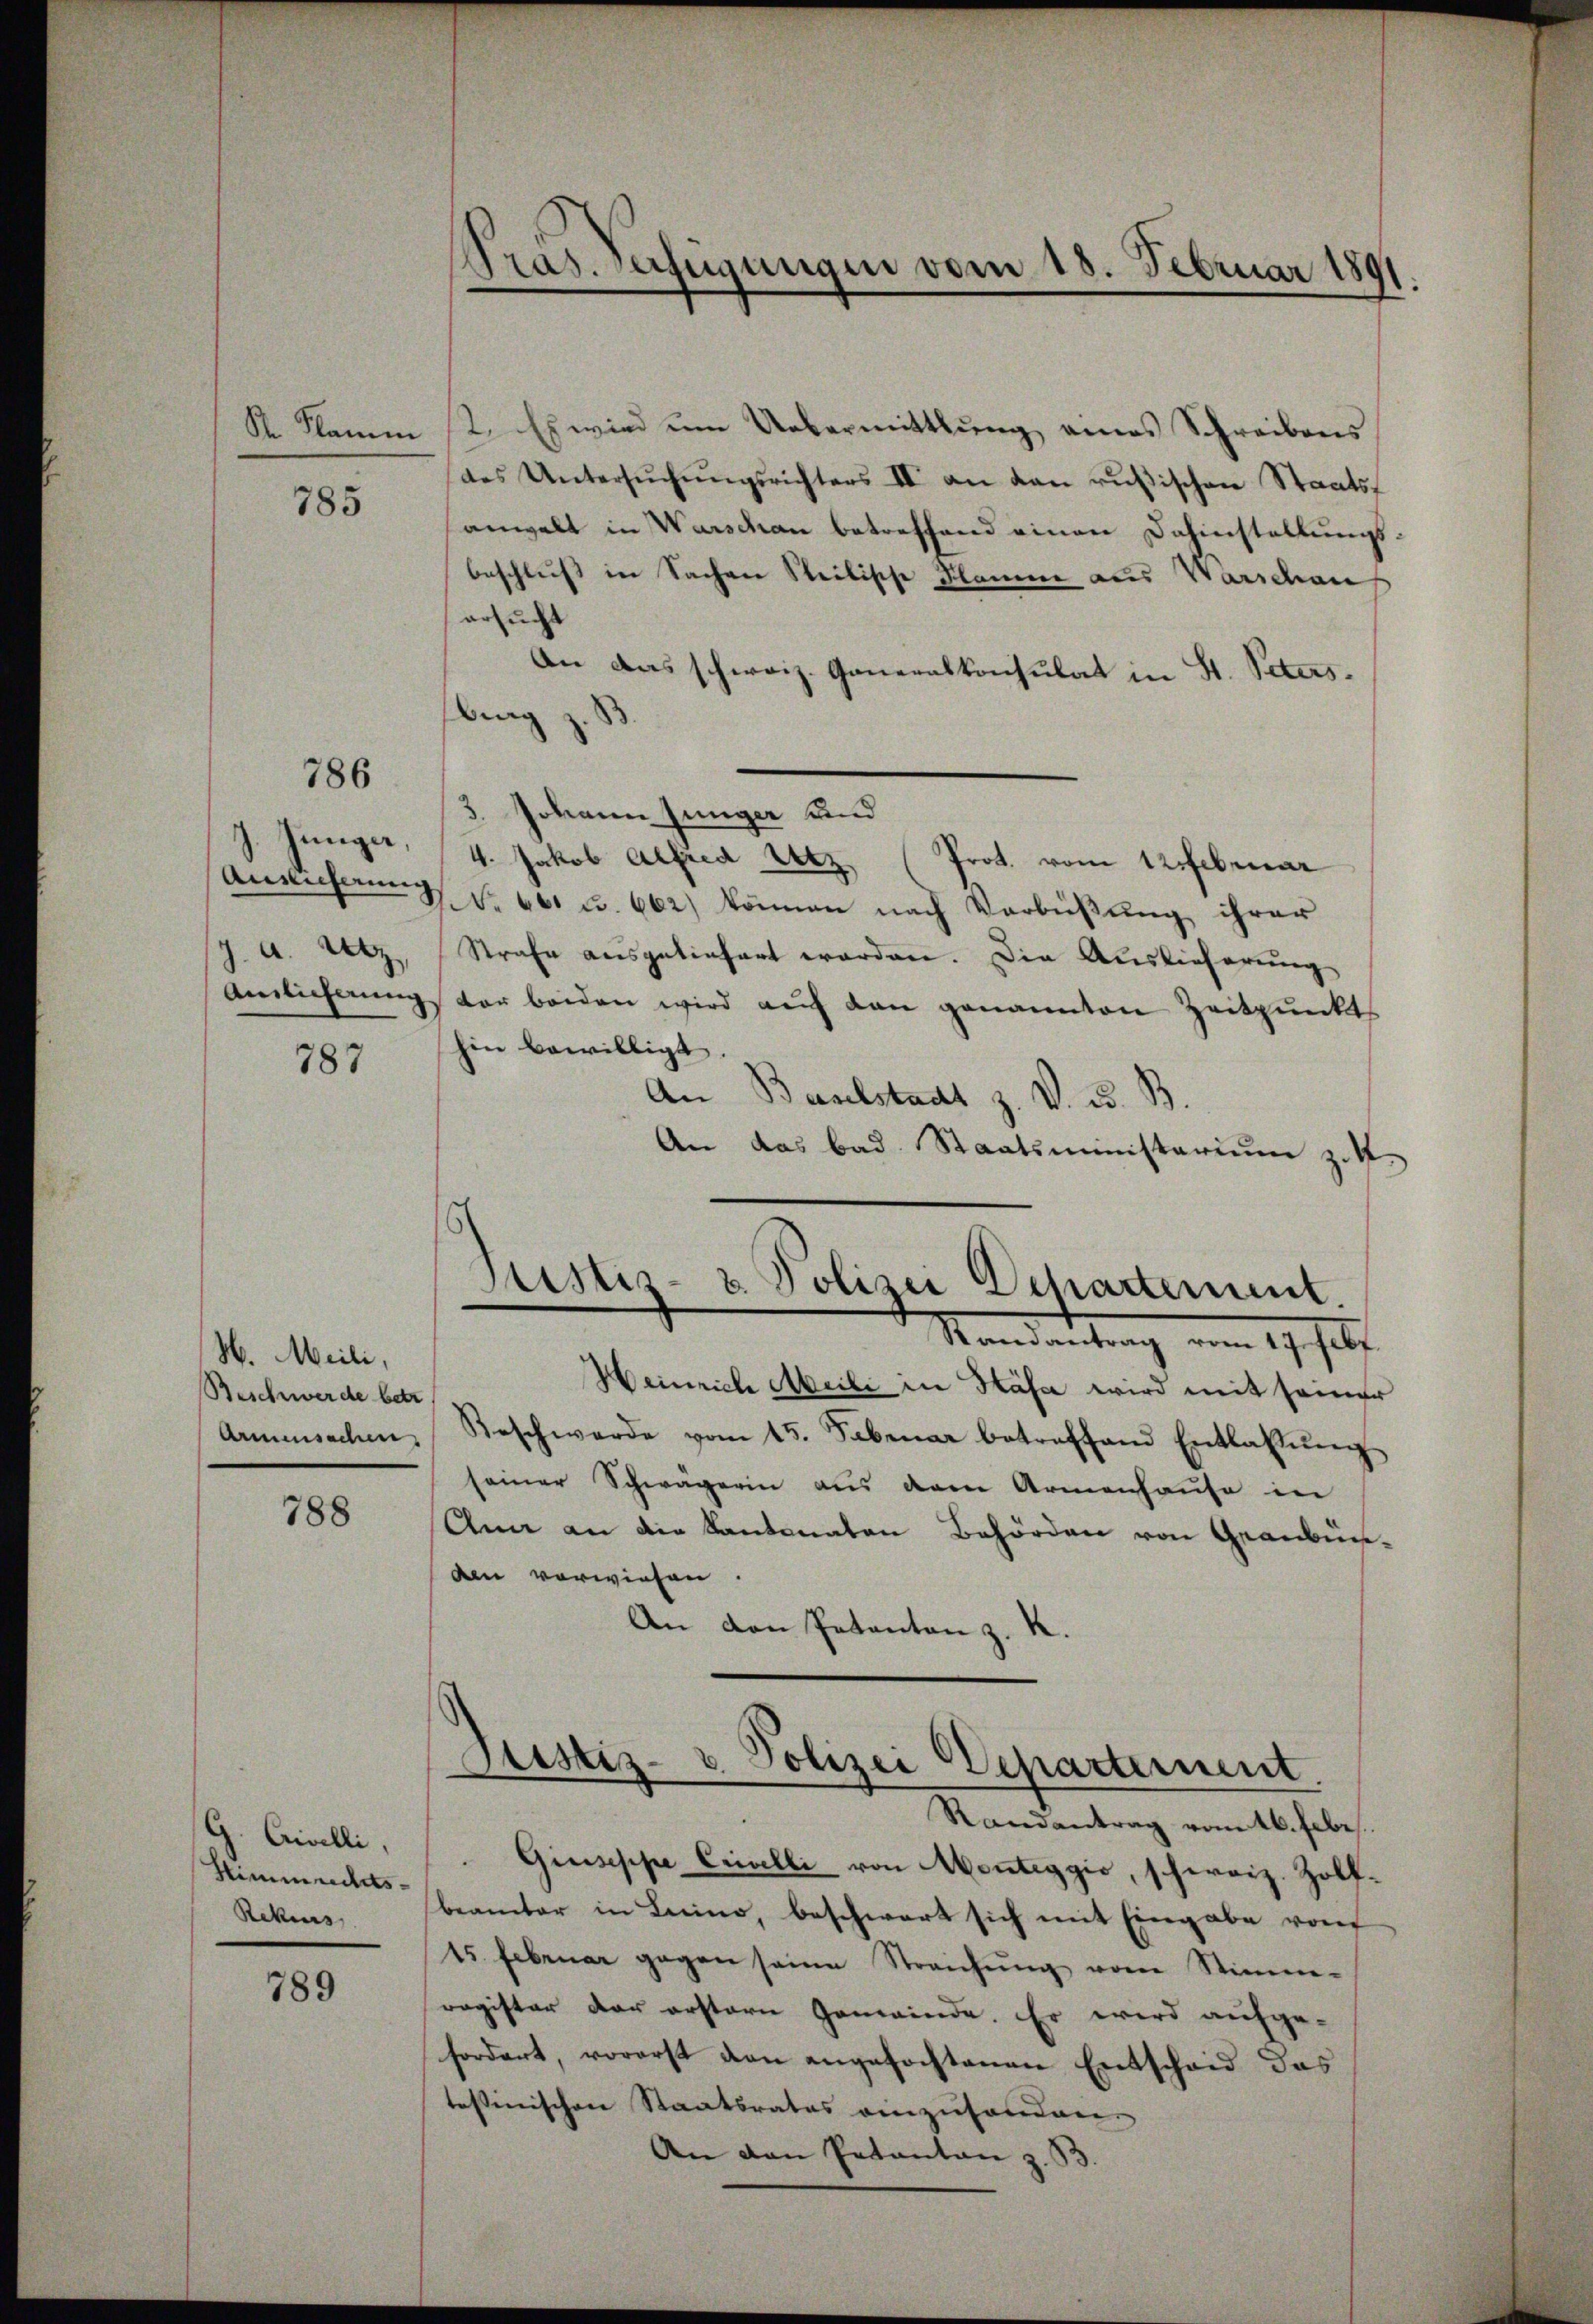
St. Name

785

786

J. Junger,
J. A. Atz

787

H. Meili,
Beschwerde betr
Armensachen.

788

G. Civilli,
Stimmedits¬
Rekurs

789

Pras. Verfügungen vom 18. Februar 180

2. Es wird um Uebermittlung eines Schreibens
des Untersŭchŭngsrichters II an den rŭβischen Staats-
anwalt in Warschen betreffend einen Dahinstellungs-
beschluss in Sachere Steilische Stamme aus Warschan
ersucht
An das schweiz. Generalkonsulat in St. Peters.
bung z
3. Johann Jünger und
4. Jakob Alfred Utz (Prot. vom 12 Februar
Ansicherung No 661 u. 662) können nach Verbüßung ihrer
Strafe ausgeliefert worden. Die Auslieferung
Amlichnŭng vor beiden wird aŭf den genannten Zeitpunkt
hin bewilligt.
An Baselstadt z. V. u. B.
An das bad. Staatsministerium zu 4.
Sistiz- & Polizei Departement.
Mandantung vom 17. Jul.
Heinrich Meili in Kasa wird mit seiner
Beschwerde vom 15. Februar betreffend Entlassŭng
seiner Schwägerin aus dem Armenhause in
Ann an die Kantonaten Behörden von Graubünden vorwiesen.
An den Patanton z. R.

Justiz- & Polizei Departement.
.

Randantrag vom 16. Febr.
Giuseppe Crivelli von Monteggio, schweiz. Zolfbeamter in Luino, beschwert sich mit Eingabe von
45. Februar gegen seine Streichŭng vom Stimm-
register der erstern Gemeinde. Er wird aufge-
fordert, vorerst den angefochtenen Entscheid das
tessinischen Staatsrates einzuhanden.
An den Patanton z. B.